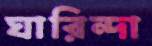
ঘারিন্দা